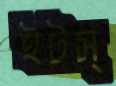
ইটস্